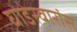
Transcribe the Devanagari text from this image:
घोडेस्वारांस